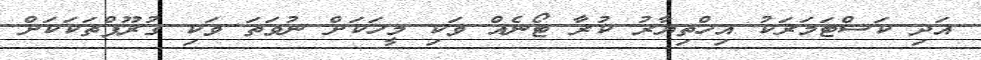
އަދި ކަސްޓަމަރަކު އިހްތިޔާރު ކުރާ ޓޯނެއް ވަކި މީހަކަށް ނުވަތަ ވަކި ގުރޫޕްތަކަކަށް